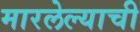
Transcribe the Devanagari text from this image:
मारलेल्याची